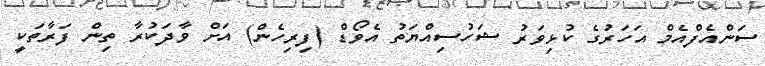
ސަންއެފްއެމް އަހަރުގެ ކުޅިވަރު ޝަހުސިއްޔަތު އެވޯޑް (ފިރިހެން) އަށް ވާދަކުރާ ތިން ފަރާތަކީ